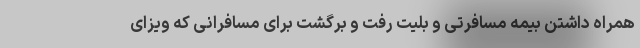
‌همراه داشتن بیمه مسافرتی و بلیت رفت و برگشت برای مسافرانی که ویزای